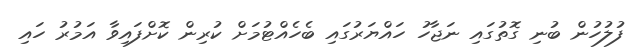
ފުލުހުން ބުނި ގޮތުގައި ނަޖާހު ހައްޔަރުގައި ބެހެއްޓުމަށް ކުރިން ކޮށްފައިވާ އަމުރު ހައި